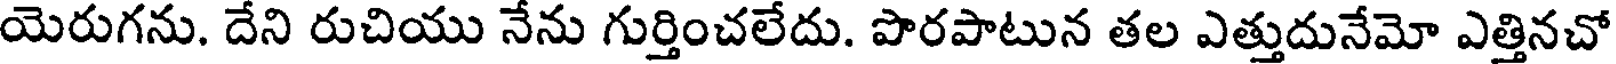
యెరుగను. దేని రుచియు నేను గుర్తించలేదు. పొరపాటున తల ఎత్తుదునేమో ఎత్తినచో